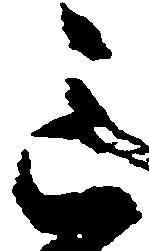
意